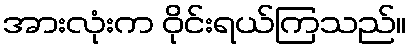
အားလုံးက ဝိုင်းရယ်ကြသည်။